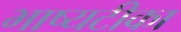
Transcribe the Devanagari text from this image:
भाष्यटीका